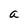
Character: a